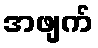
အဖျက်